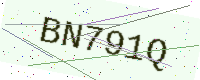
Text: BN791Q